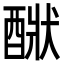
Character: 𨡧